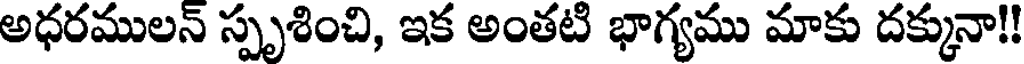
అధరములన్ స్పృశించి, ఇక అంతటి భాగ్యము మాకు దక్కునా!!